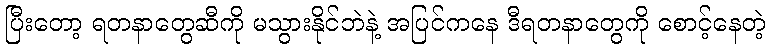
ပြီးတော့ ရတနာတွေဆီကို မသွားနိုင်ဘဲနဲ့ အပြင်ကနေ ဒီရတနာတွေကို စောင့်နေတဲ့